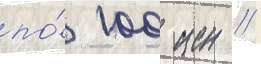
по́ 100 иен //